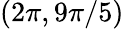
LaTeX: (2\pi,9\pi/5)